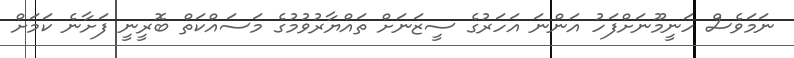
ނަމަވެސް ހަނީމޫނަށްފަހު އަންނަ އަހަރުގެ ސީޒަނަށް ތައްޔާރުވުމުގެ މަސައްކަތް ބޮރީނީ ފަށާނެ ކަމަށް